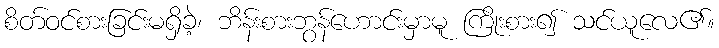
စိတ်ဝင်စားခြင်းမရှိခဲ့၊ ဘိန်းစားဘွန်ဟောင်းမှာမူ ကြိုးစား၍ သင်ယူလေ၏။